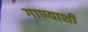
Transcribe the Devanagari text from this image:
गाण्याशी